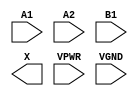
module sky130_fd_sc_hs__a21o (
    //# {{data|Data Signals}}
    input  A1  ,
    input  A2  ,
    input  B1  ,
    output X   ,

    //# {{power|Power}}
    input  VPWR,
    input  VGND
);
endmodule